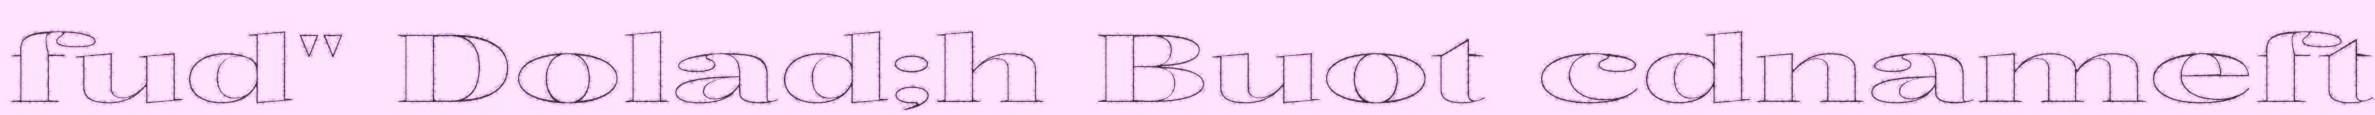
fud" Dolad;h Buot cdnameft